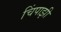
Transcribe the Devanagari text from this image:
चिंपाझी